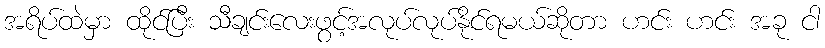
အရိပ်ထဲမှာ ထိုင်ပြီး သီချင်းလေးဖွင့်အလုပ်လုပ်နိုင်ရမယ်ဆိုတာ ဟင်း ဟင်း အခု ငါ